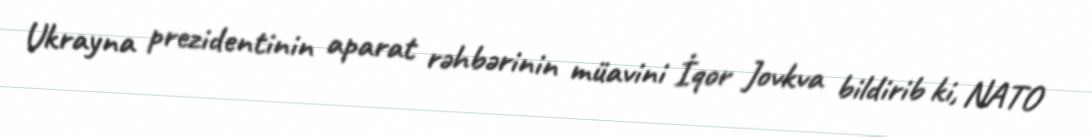
Ukrayna prezidentinin aparat rəhbərinin müavini İqor Jovkva bildirib ki, NATO